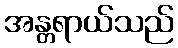
အန္တရာယ်သည်